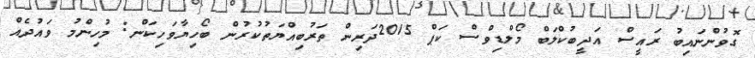
ގޮވުންނައިބު ރައީސް އަދީބުކްލަބް މޯލްޑިވްސް ކަޕް 2015ދަރިން ތަރުބިއްޔަތުކުރުން ބޯހިޔާވަހިކަން: މުހިންމު ވައުދެއް